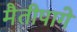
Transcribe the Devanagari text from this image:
मैतीपागे